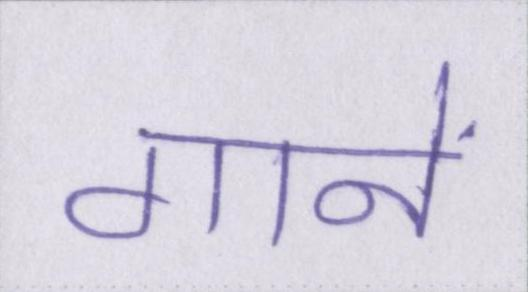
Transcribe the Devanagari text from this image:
गानें